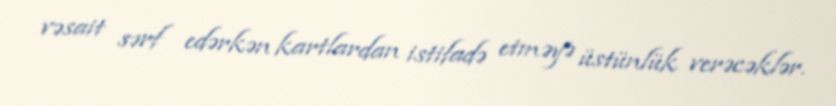
vəsait sərf edərkən kartlardan istifadə etməyə üstünlük verəcəklər.